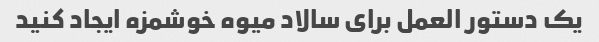
یک دستور العمل برای سالاد میوه خوشمزه ایجاد کنید